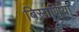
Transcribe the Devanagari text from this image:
बिसाणिया